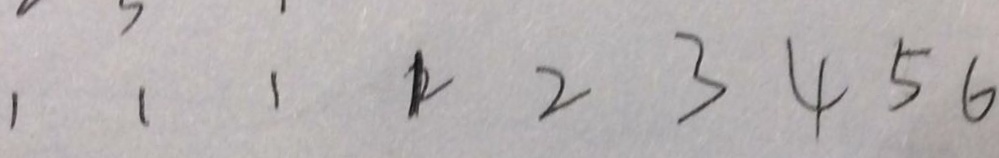
1 1 1 1 2 3 4 5 6